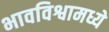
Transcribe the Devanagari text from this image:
भावविश्वामध्ये